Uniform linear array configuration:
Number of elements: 64
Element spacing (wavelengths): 0.25
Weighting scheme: binomial
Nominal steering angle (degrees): -60
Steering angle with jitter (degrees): -60.827
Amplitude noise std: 0.05
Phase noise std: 0.05

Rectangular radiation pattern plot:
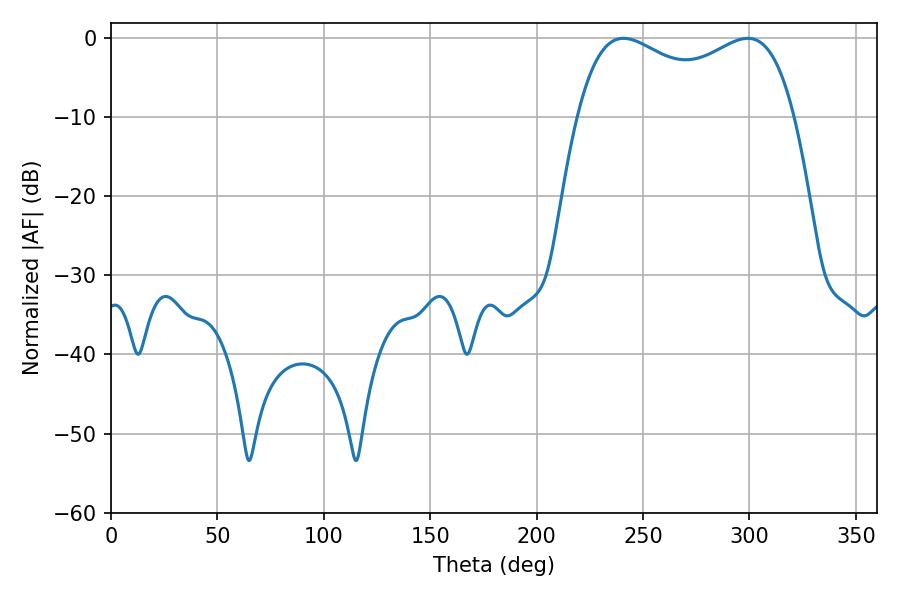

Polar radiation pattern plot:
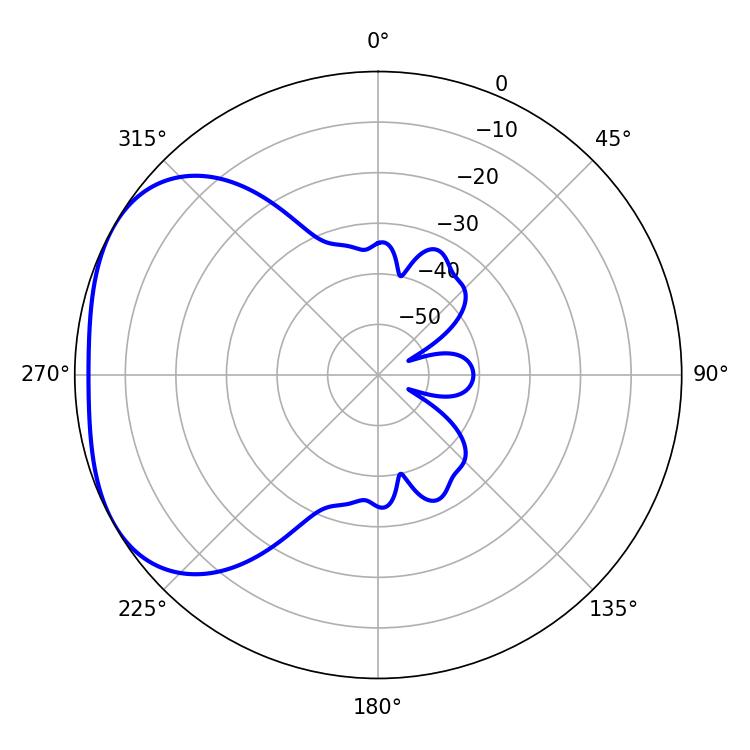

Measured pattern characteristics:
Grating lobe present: FALSE
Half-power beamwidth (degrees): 84.6
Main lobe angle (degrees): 240.84